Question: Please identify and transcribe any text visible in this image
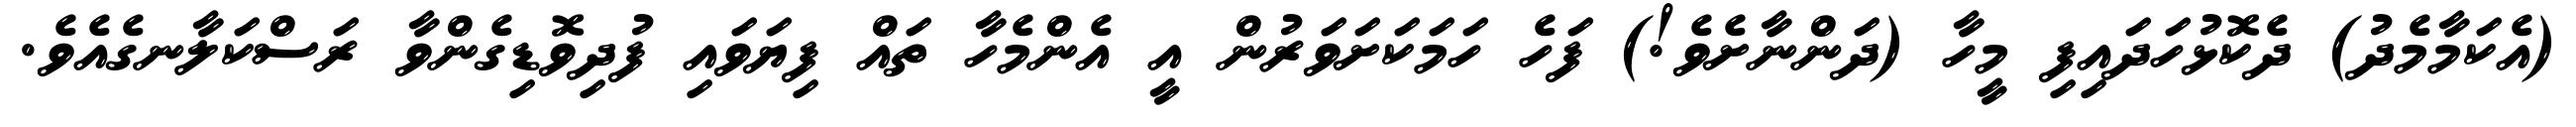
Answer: (އެކަމާމެދު) ދެކޮޅުހަދައިފި މީހާ (ދަންނާށެވެ!) ފަހެ ހަމަކަށަވަރުން އީ އެންމެހާ ތައް ފިޔަވައި ފުދިވޮޑިގެންވާ ރަސްކަލާނގެއެވެ.